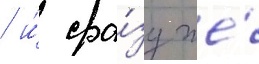
/ и́ сра́зу же́